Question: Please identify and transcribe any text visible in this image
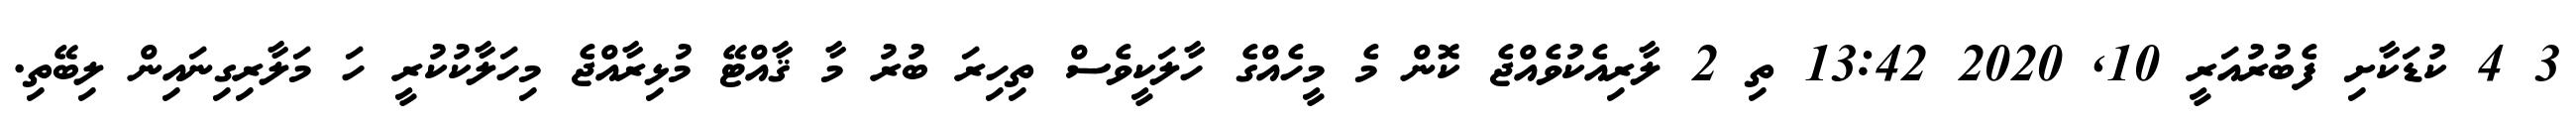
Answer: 3 4 ކުޑަކާށި ފެބުރުއަރީ 10, 2020 13:42 ތި 2 ލާރިއެކުވެއްޖެ ކޮން މެ މީހެއްގެ ހާލަކީވެސް ތިހިރަ ބުރު މާ ޤާއްޓޭ މުޅިރާއްޖެ މިހަލާކުކުރީ ހަ މަލާރިގިނައިން ލިބޭތި.